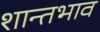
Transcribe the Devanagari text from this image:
शान्तभाव